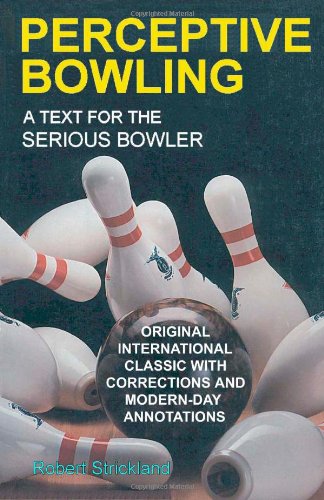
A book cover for Perceptive Bowling: A Text for the Serious Bowler; Robert Strickland; Sports & Outdoors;